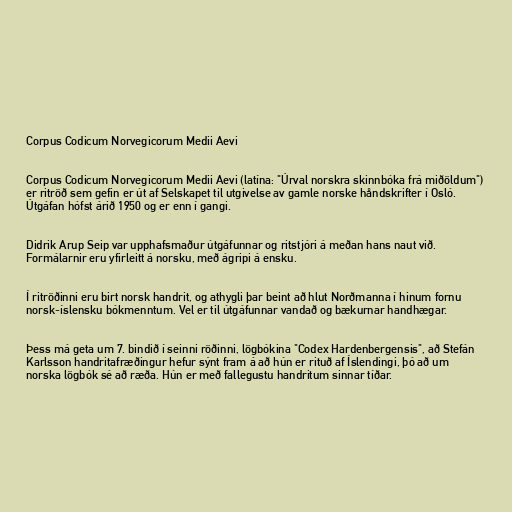
Corpus Codicum Norvegicorum Medii Aevi

Corpus Codicum Norvegicorum Medii Aevi (latína: "Úrval norskra skinnbóka frá miðöldum")
er ritröð sem gefin er út af Selskapet til utgivelse av gamle norske håndskrifter í Osló.
Útgáfan hófst árið 1950 og er enn í gangi.

Didrik Arup Seip var upphafsmaður útgáfunnar og ritstjóri á meðan hans naut við.
Formálarnir eru yfirleitt á norsku, með ágripi á ensku.

Í ritröðinni eru birt norsk handrit, og athygli þar beint að hlut Norðmanna í hinum fornu
norsk-íslensku bókmenntum. Vel er til útgáfunnar vandað og bækurnar handhægar.

Þess má geta um 7. bindið í seinni röðinni, lögbókina "Codex Hardenbergensis", að Stefán
Karlsson handritafræðingur hefur sýnt fram á að hún er rituð af Íslendingi, þó að um
norska lögbók sé að ræða. Hún er með fallegustu handritum sinnar tíðar.